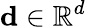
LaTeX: \mathbf{d}\in\mathbb{R}^{d}